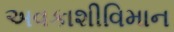
અવકાશીવિમાન